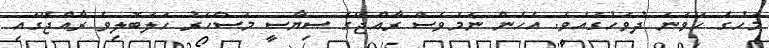
މަހުގެ ހަވަނަ ދުވަހުގައެވެ. އެހެން ނަމަވެސް ރާއްޖޭގެ ސިޔާސީ މަސްހަރު ހަލަބޮލިވެ ރާއްޖޭގައި